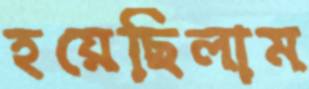
হয়েছিলাম